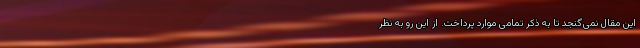
این مقال نمی‌گنجد تا به ذکر تمامی موارد پرداخت. از این رو به نظر